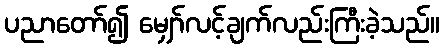
ပညာတော်၍ မျှော်လင့်ချက်လည်းကြီးခဲ့သည်။